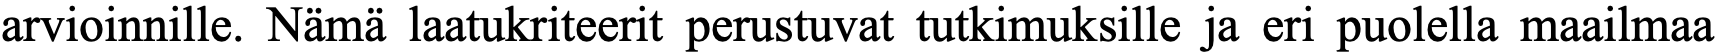
arvioinnille. Nämä laatukriteerit perustuvat tutkimuksille ja eri puolella maailmaa